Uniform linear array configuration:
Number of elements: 12
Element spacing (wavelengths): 0.25
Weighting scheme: cosine
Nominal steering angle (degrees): -30
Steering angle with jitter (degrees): -28.901
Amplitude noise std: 0.05
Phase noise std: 0.05

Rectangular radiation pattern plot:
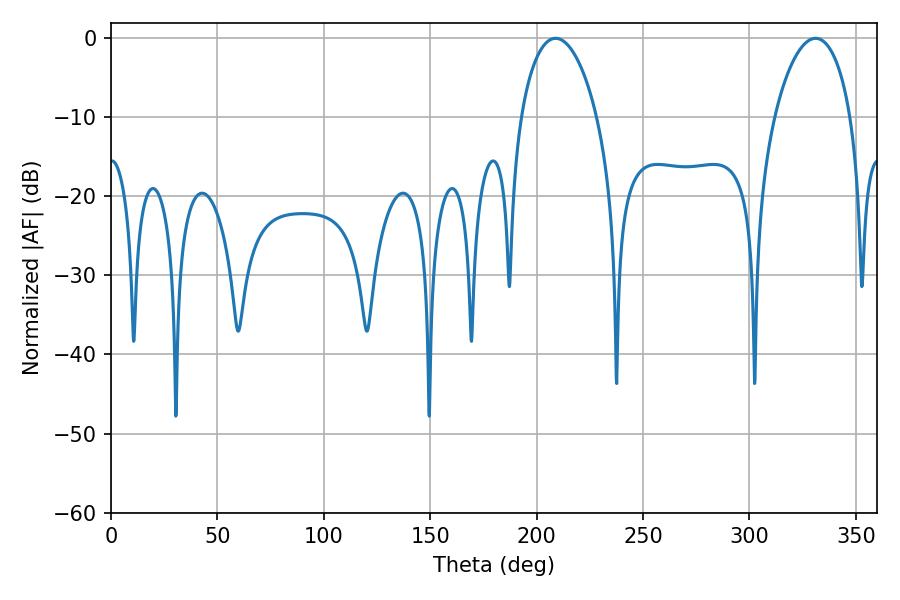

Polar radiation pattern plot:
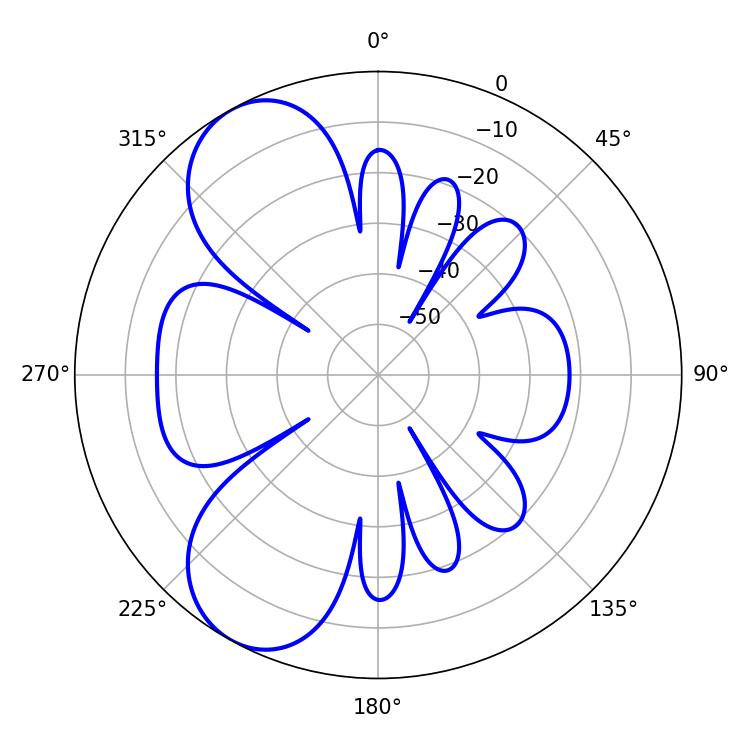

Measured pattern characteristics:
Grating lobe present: FALSE
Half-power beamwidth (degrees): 20.34
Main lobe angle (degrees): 208.98